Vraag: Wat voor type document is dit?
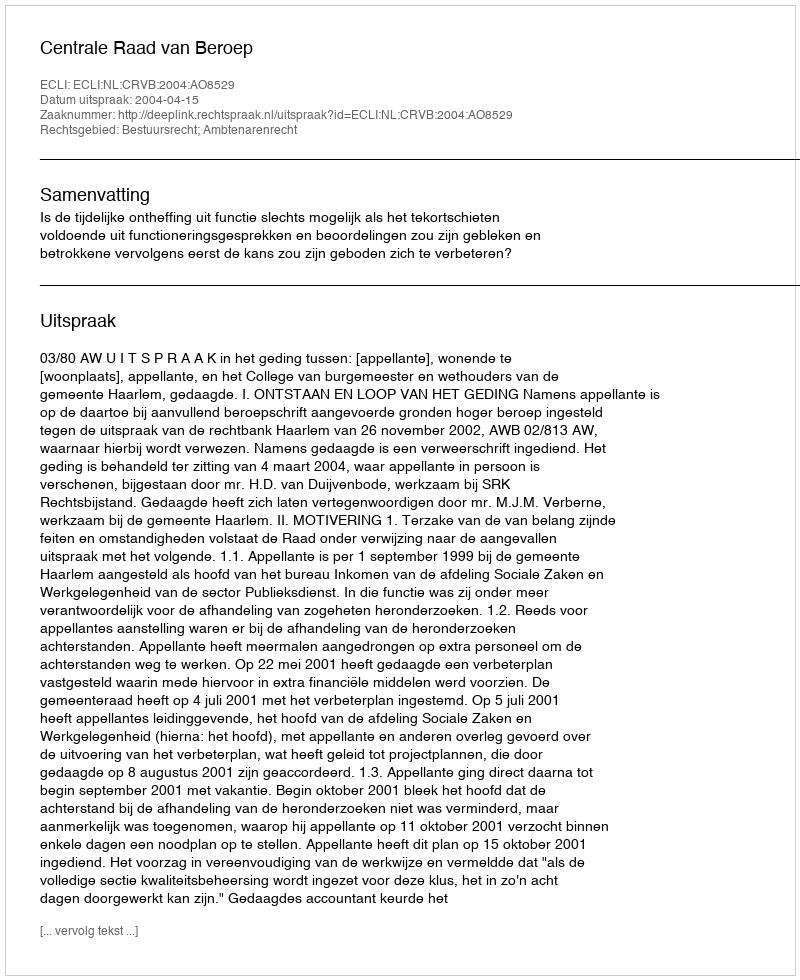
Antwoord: Uitspraak